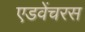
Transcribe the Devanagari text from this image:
एडवेंचरस